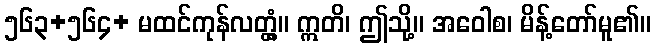
၅၆၃+၅၆၄+ မထင်ကုန်လတ္တံ့။ ဣတိ၊ ဤသို့။ အဝေါစ၊ မိန့်တော်မူ၏။